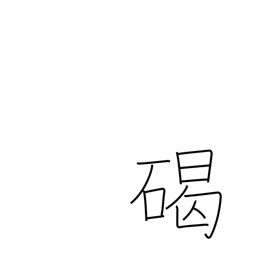
Meaning: round stone